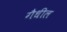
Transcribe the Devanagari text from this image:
गैधील